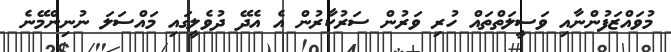
މުވައްޒަފުންނާއި ވަސީލަތްތައް ހުރި ވަރުން ސަރުކާރުން އެ އެދޭ ދުވެލީގައި މައްސަލަ ނުނިންމޭނެ